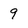
Character: 9